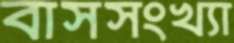
বাসসংখ্যা